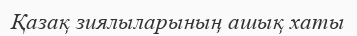
Қазақ зиялыларының ашық хаты